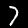
Label: 7